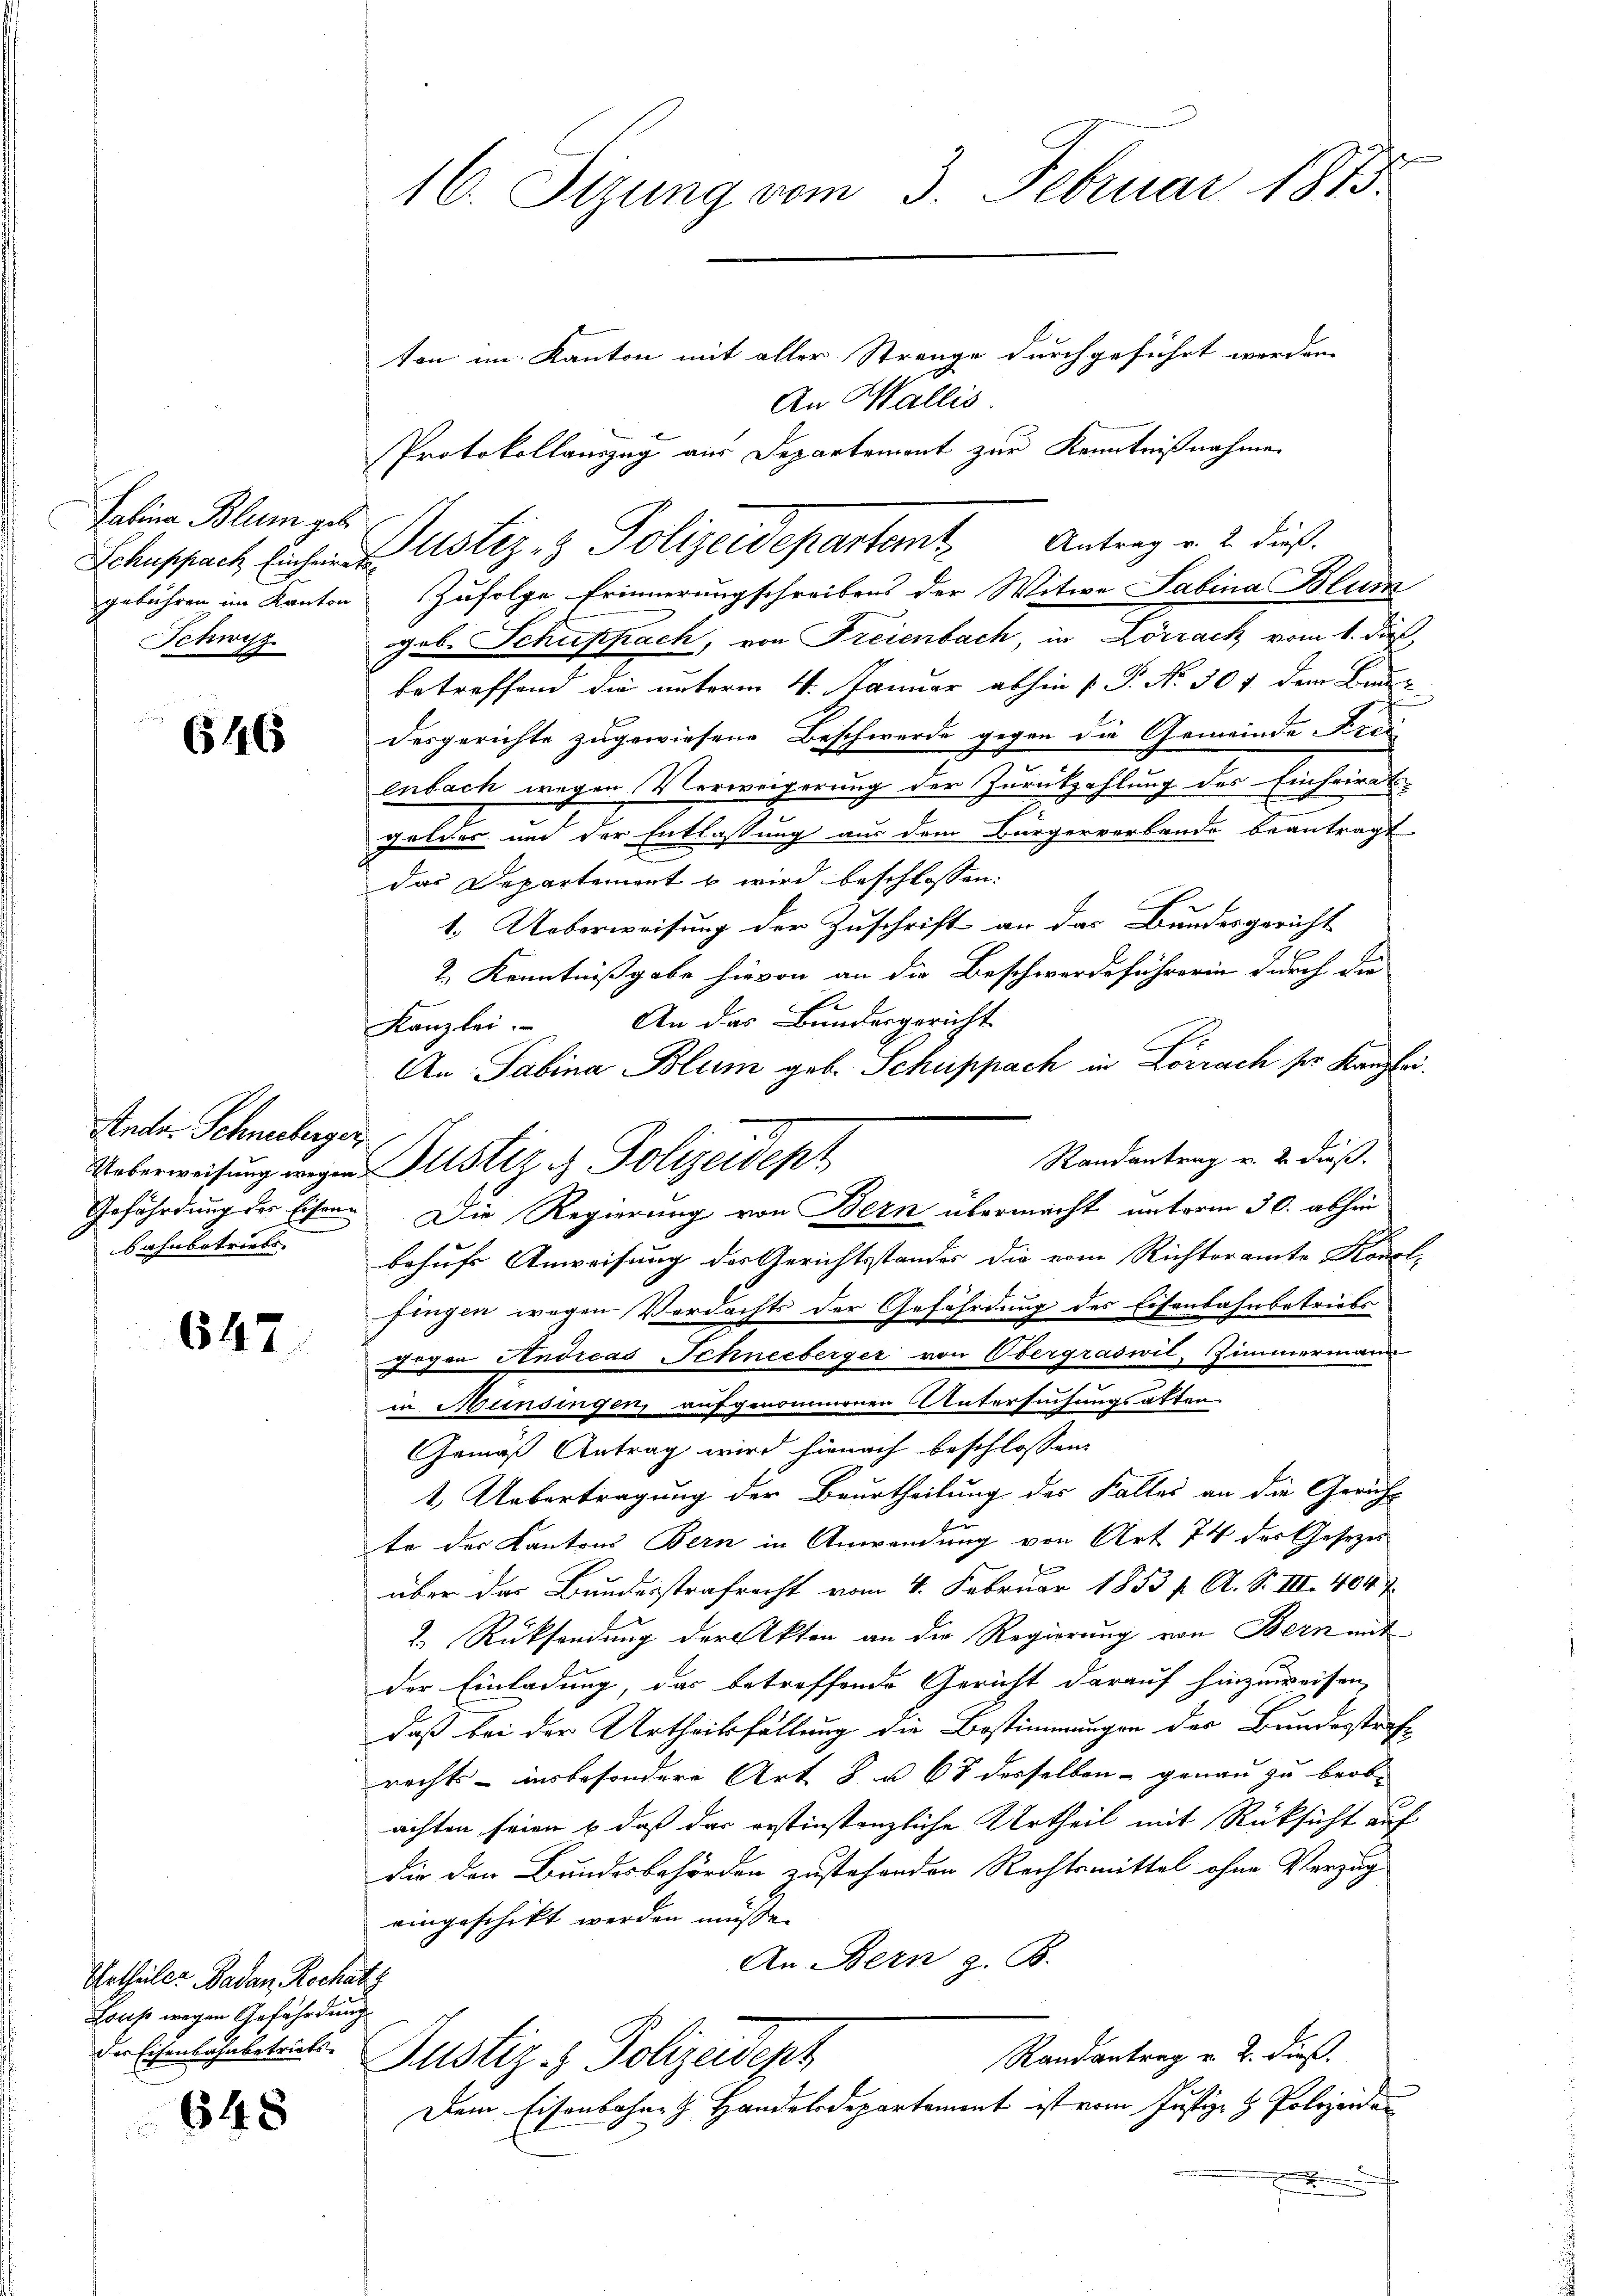
Salina Blum geb.
Schwyz

646

Andr. Schnerberger
bahnbetriebs

647

Urtheiler Badan Rochatz
Louse wegen Gefährdung
der Eisenbahnbetricts-

648

16. Sizung vom 3. Februar 1813.

ten im Kanton mit aller Strenge durchgeführt werden.
An Wallis.
Protokollauszug aus Departement zur Kenntnißnahmen
gebühren im Kanton Zufolge Erinnerungschreibens der Witwe Sabina Blum
geb. Schuppach, von Freienbach, in Lörrack vom 1. dieß
betreffend die unterm 4. Januar abhin P. P. Nr. 507 dem Bau-
desgerichte zugewiesene Beschwerde gegen die Gemeinde Frei
enbach wegen Verweigerung der Zurückzahlung des Einheirats-
geldes und der Entlassung aus dem Bürgerverbande beantragt
das Departement & wird beschlossen:
1. Ueberweisung der Zuschrift an das Bundesgericht
2. Kenntnißgabe hievon an die Beschwerdeführerin durch die
An das Bundesgericht
Kanzlei.
An- Sabina Blum geb. Schuppach in Lörrach ser Kanzlei
Randantrag v. 2. dieß.
Gefährdung des Eisen. Die Regierung von Bern übermacht unterm 30. abhin
behufs Anweisung des Gerichtsstandes die vom Richteramte Konol-
fingen wegen Verdachts der Gefährdung des Eisenbahnbetriebs
gegen Indicas Schneeberger von Obergraswil, Zimmermann
in Münsingen, aufgenommenen Untersuchungsakten.
Gemäß Antrag wird hienach beschlossen:
1. Uebertragung der Beurtheilung des Falles an die Gericht
te der Kantons Bern in Anwendung von Art 74 des Gesetzes
über das Bundesstrafrecht vom 4. Februar 1853 f. A. S. III. 4047
2. Rücksendung der Akten an die Regierung von Bern mit
der Einladung, das betreffende Gericht darauf hinzuweisen,
daß bei der Urtheilsfällung die Bestimmungen der Bundesstrafe
rechts - insbesondere Art 8 u 68 desselben - genau zu beob-
achten seien & daß das erstinstanzliche Urtheil mit Rüksicht auf
die den Bundesbehörden zustehenden Rechtsmittel ohne Verzug
eingeschikt werden müsse.
An Bern z. B.
Randantrag v. 2. dieß.
Justiz- & Polizeidept
Dem Eisenbahn H. Handelsdepartement ist vom Justiz- & Polizeidan

Ueberweisung wegen Justiz & Polizeident

Schuppach Eichen Zustiz- & Polizeidepartamt Antrag v. 2. dieß